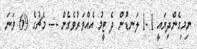
ނިމިގެންދިޔައީ 1-1 ލަނޑުން ދެ ޓީމު އެއްވަރުވެގެން --- މެޗުގެ 69 ވަނަ